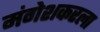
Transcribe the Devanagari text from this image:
मंगेशकरला